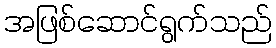
အဖြစ်ဆောင်ရွက်သည်